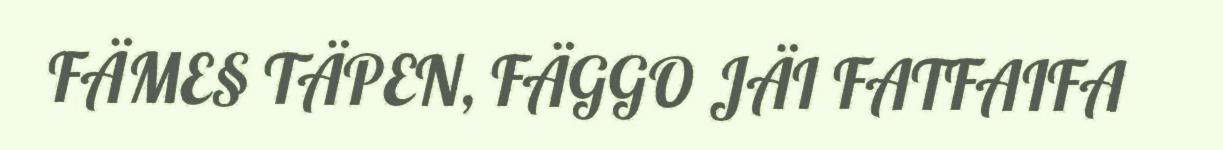
FÄME§ TÄPEN, FÄGGO JÄI FATFAIFA